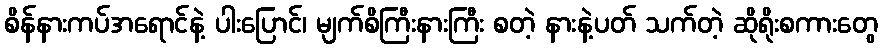
စိန်နားကပ်အရောင်နဲ့ ပါးပြောင်၊ မျက်စိကြီးနားကြီး စတဲ့ နားနဲ့ပတ် သက်တဲ့ ဆိုရိုးစကားတွေ